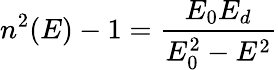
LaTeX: n^{2}(E)-1=\frac{E_{0}E_{d}}{E_{0}^{2}-E^{2}}